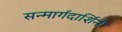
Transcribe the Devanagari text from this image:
सन्मार्गदार्शिनी